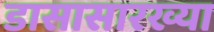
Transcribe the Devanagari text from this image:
डासासारख्या